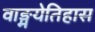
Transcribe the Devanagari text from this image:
वाङ्मयेतिहास